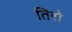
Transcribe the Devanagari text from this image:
तिरो